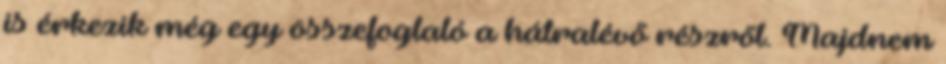
is érkezik még egy összefoglaló a hátralévő részről. Majdnem